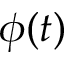
\phi ( t )